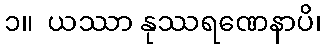
၁။  ယဿာ နုဿရဏေနာပိ၊